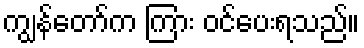
ကျွန်တော်က ကြား ဝင်ပေးရသည်။